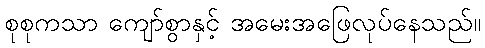
စုစုကသာ ကျော်စွာနှင့် အမေးအဖြေလုပ်နေသည်။